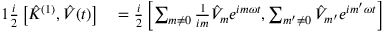
\begin{array} { r l } { { 1 } \frac { i } { 2 } \left[ \hat { K } ^ { ( 1 ) } , \hat { V } ( t ) \right] } & { { } = \frac { i } { 2 } \left[ \sum _ { m \neq 0 } \frac { 1 } { i m } \hat { V } _ { m } e ^ { i m \omega t } , \sum _ { m ^ { \prime } \neq 0 } \hat { V } _ { m ^ { \prime } } e ^ { i m ^ { \prime } \omega t } \right] } \end{array}